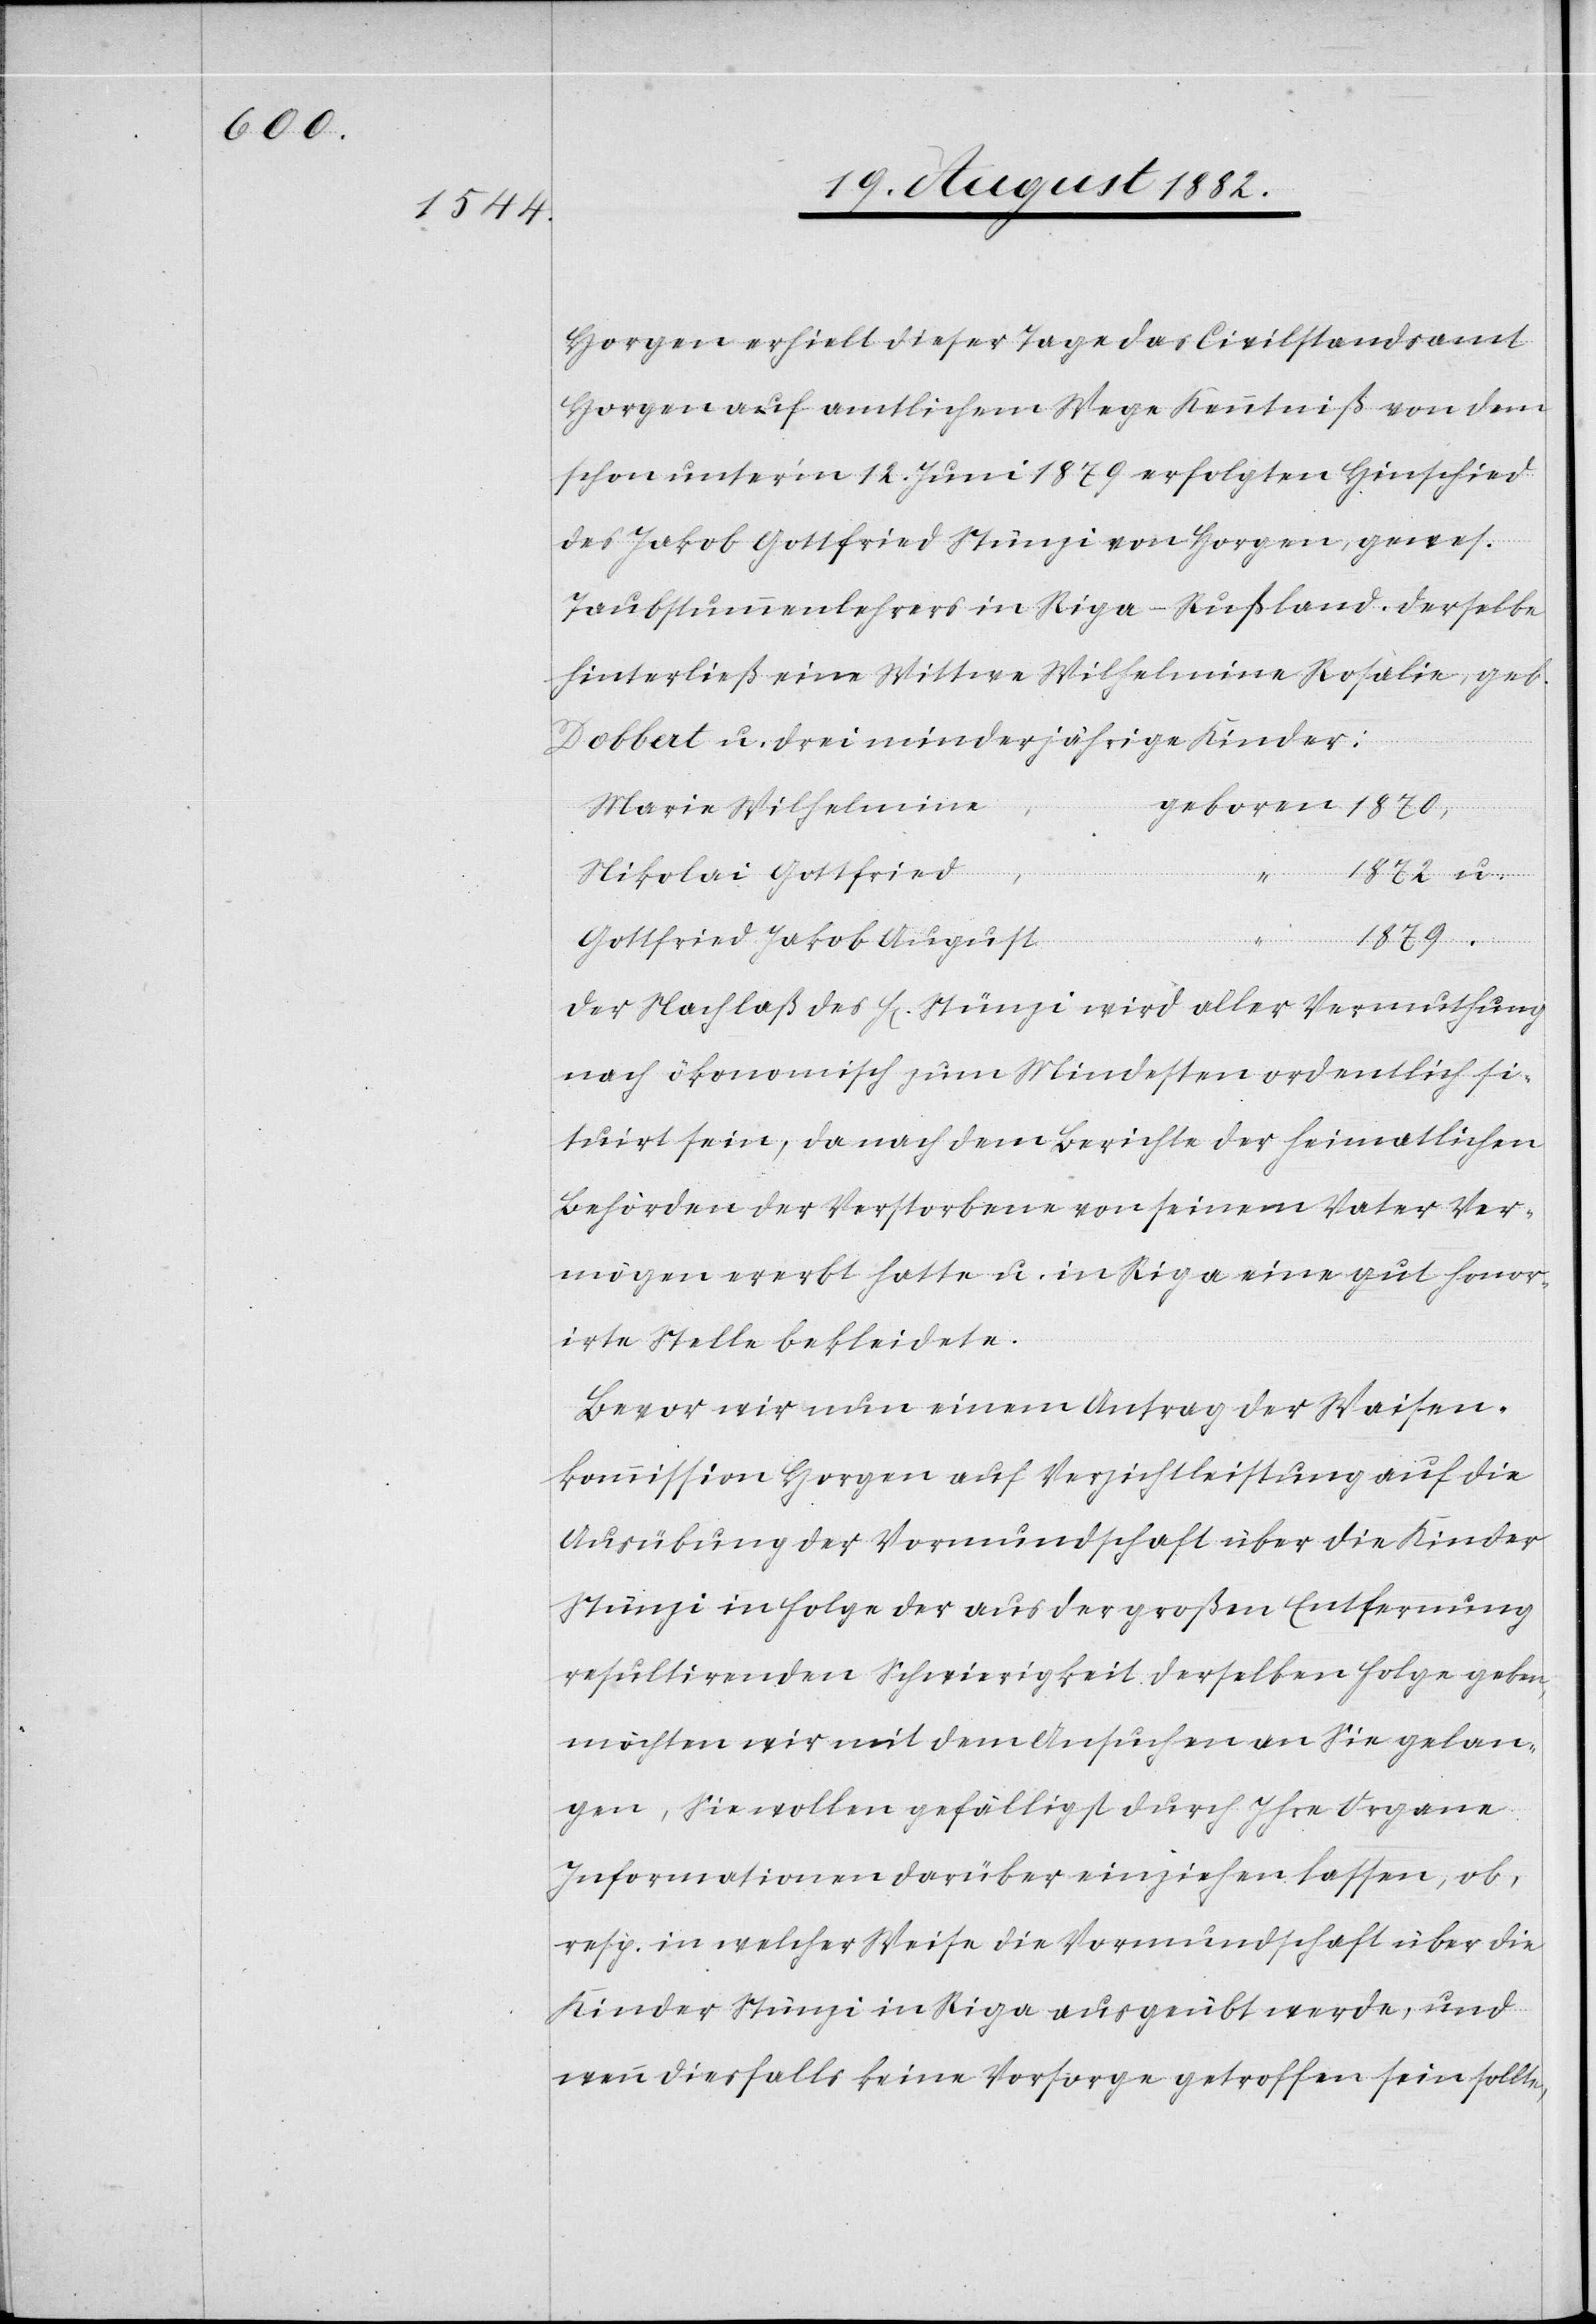
Horgen erhielt dieser Tage das Civilstandsamt
Horgen auf amtlichem Wege Kenntniß von dem
schon unter’m 12. Juni 1879 erfolgten Hinschied
des Jakob Gottfried Stünzi von Horgen, gewes.
Taubstummenlehrers in Riga - Rußland. Derselbe
hinterließ eine Wittwe Wilhelmine Rosalie, geb.
Dobbert u. drei minderjährige Kinder:
Maria Wilhelmina,
geboren
Nikolai Gottfried,
1872 u.
1879.
Gottfried Jakob August
Der Nachlaß des H[erren] Stünzi wird aller Vermuthung
nach ökonomisch zum Mindesten ordentlich si¬
tuirt sein, da nach dem Berichte der heimatlichen
Behörden der Verstorbene von seinem Vater Ver¬
mögen ererbt hatte u. in Riga eine gut honor¬
irte Stelle bekleidete.
Bevor wir nun einen Antrag der Waisen¬
kommission Horgen auf Verzichtleistung auf die
Ausübung der Vormundschaft über die Kinder
Stünzi in Folge der aus der großen Entfernung
resultirenden Schwierigkeit derselben Folge geben,
möchten wir mit dem Ansuchen an Sie gelan¬
gen, Sie wollen gefälligst durch Ihre Organe
Informationen darüber einziehen lassen, ob,
resp. in welcher Weise die Vormundschaft über die
Kinder Stünzi in Riga ausgeübt werde, und
wenn diesfalls keine Vorsorge getroffen sein sollte,